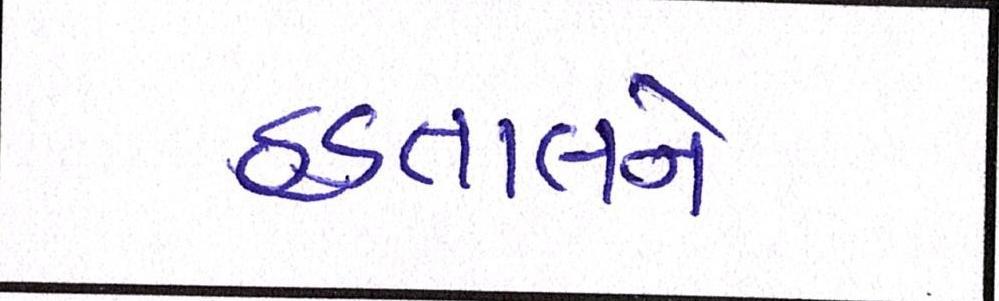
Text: હડતાલને